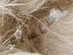
نستسلم